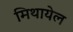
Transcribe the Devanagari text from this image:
मिथायेल